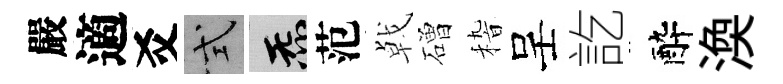
嚴適爻式炁范㦸磳𥟵呈訖醉渙